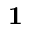
\mathbf { 1 }